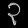
Digit: ၃